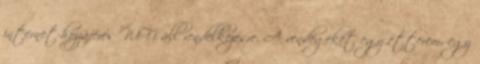
internet-hozzáférés WiFi áll rendelkezésre. A vendégeket egy étterem, egy